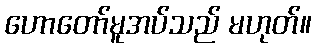
ဟောတော်မူအပ်သည် မဟုတ်။